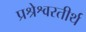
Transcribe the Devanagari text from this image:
प्रश्रेश्वरतीर्थ